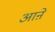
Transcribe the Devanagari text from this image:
आऩे